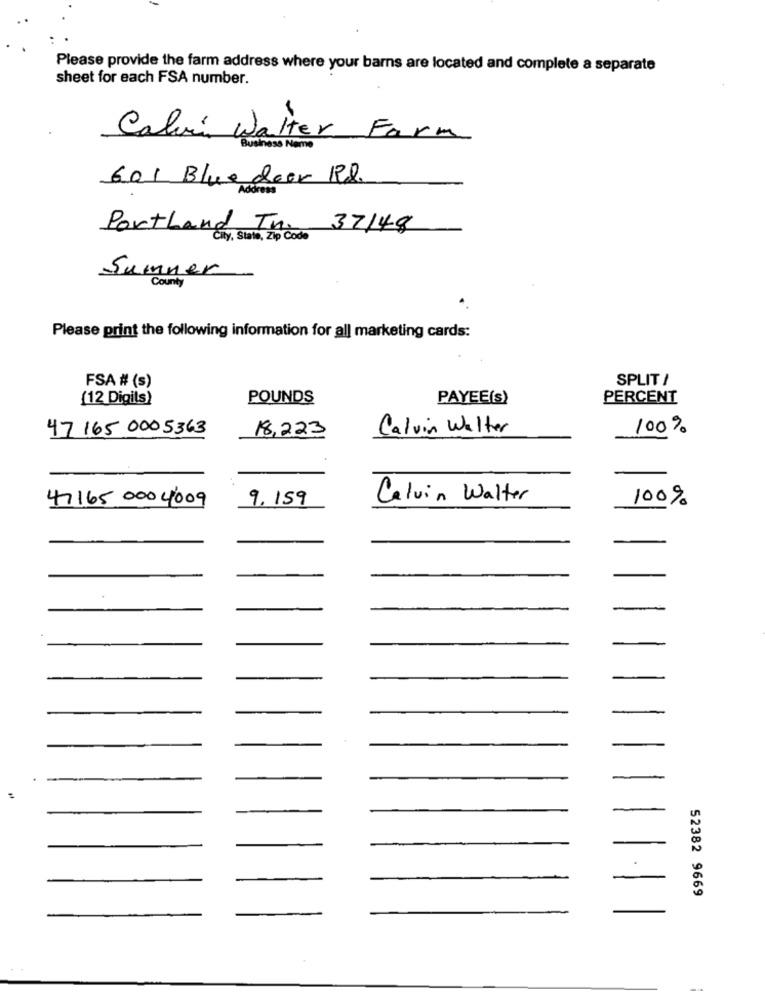
Please provide the farm address where your barns are located and complete a separate
sheet for each FSA number.
Calvin Walter Farm
6.01 Blue deer Rd.
Address
Portland Tn. 37148
City, State, Zip Code
Sumner
County
Please print the following information for all marketing cards:
FSA # (s)
SPLIT /
(12 Digits)
POUNDS
PAYEE(s)
PERCENT
47 165 000 5363
18,223
Calvin Walter
100%
47165 000 4009
9.159
Calvin Walter
100%
52382 9669